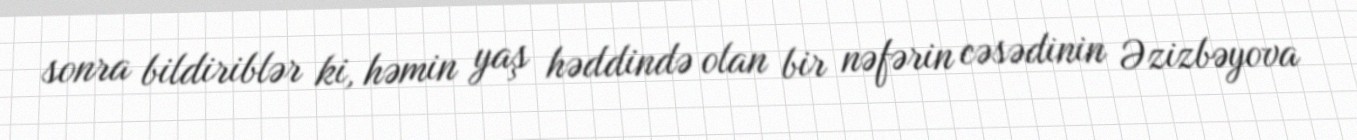
sonra bildiriblər ki, həmin yaş həddində olan bir nəfərin cəsədinin Əzizbəyova